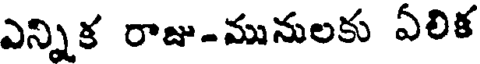
ఎన్నిక రాజు-మునులకు ఏలిక